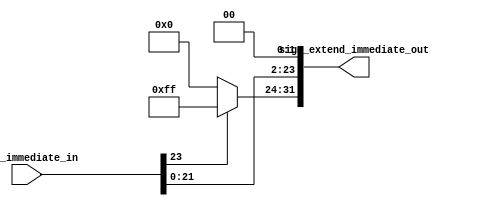
module multi_4_and_sign_extend(sign_immediate_in,sign_extend_immediate_out);
   input[23:0] sign_immediate_in;
   output[31:0] sign_extend_immediate_out;
   assign sign_extend_immediate_out[23:0]=sign_immediate_in<<2;
   assign sign_extend_immediate_out[31:24]=sign_immediate_in[23]?(8'b11111111):(8'b00000000);
 
endmodule